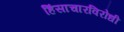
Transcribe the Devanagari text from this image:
हिंसाचारविरोधी